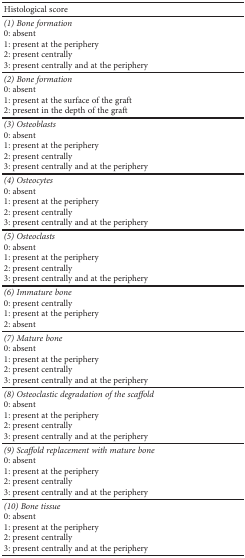
<table><thead><tr><td><b>Histological score</b></td></tr></thead><tbody><tr><td><i>(1) Bone formation</i>0: absent1: present at the periphery2: present centrally3: present centrally and at the periphery</td></tr><tr><td><i>(2) Bone formation</i>0: absent1: present at the surface of the graft2: present in the depth of the graft</td></tr><tr><td><i>(3) Osteoblasts</i>0: absent1: present at the periphery2: present centrally3: present centrally and at the periphery</td></tr><tr><td><i>(4) Osteocytes</i>0: absent1: present at the periphery2: present centrally3: present centrally and at the periphery</td></tr><tr><td><i>(5) Osteoclasts</i>0: absent1: present at the periphery2: present centrally3: present centrally and at the periphery</td></tr><tr><td><i>(6) Immature bone</i>0: present centrally1: present at the periphery2: absent</td></tr><tr><td><i>(7) Mature bone</i>0: absent1: present at the periphery2: present centrally3: present centrally and at the periphery</td></tr><tr><td><i>(8) Osteoclastic degradation of the scaffold</i>0: absent1: present at the periphery2: present centrally3: present centrally and at the periphery</td></tr><tr><td><i>(9) Scaffold replacement with mature bone</i>0: absent1: present at the periphery2: present centrally3: present centrally and at the periphery</td></tr><tr><td><i>(10) Bone tissue</i>0: absent1: present at the periphery2: present centrally3: present centrally and at the periphery</td></tr></tbody></table>